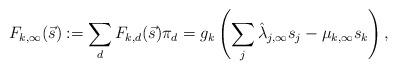
LaTeX: \begin{align*} F_{k,\infty}(\vec{s}):=\sum_d F_{k,d}(\vec{s}) \pi_d = g_k \left( \sum_j \hat{\lambda}_{j,\infty}s_j - \mu_{k,\infty}s_k\right),\end{align*}